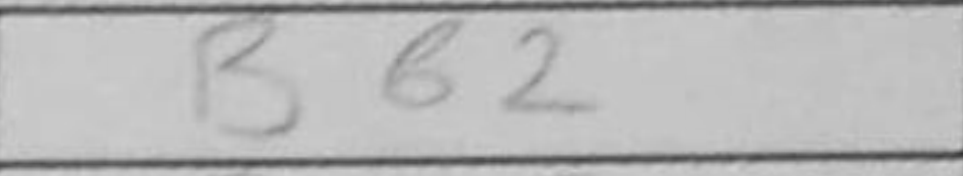
Transcription: Bb2